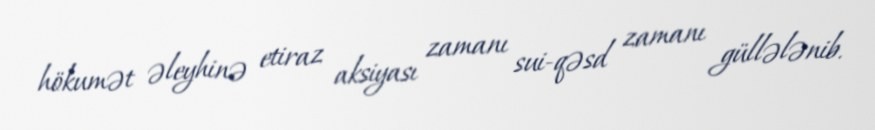
hökumət əleyhinə etiraz aksiyası zamanı sui-qəsd zamanı güllələnib.